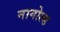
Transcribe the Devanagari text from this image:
नागोल्ड